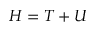
H = T + U